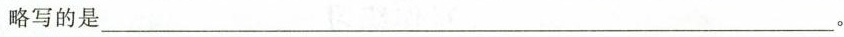
略写的是___。